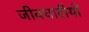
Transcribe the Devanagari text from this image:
जीवधारीयों